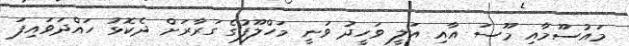
މައުސޫމާއި މޫސަ އާއި އަލީ ވަހީދު ވަނީ މަހްލޫފުގެ ގަރާރަށް ދެކޮޅު ހައްދަވައިފަ